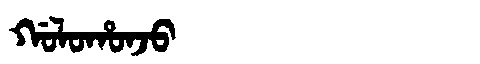
Manchu: ᡤᠣᠯᠣᡥᠣᠨᠵᠣ
Romanization: GOLOHONJO